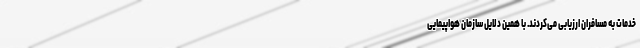
خدمات به مسافران ارزیابی می‌کردند. با همین دلایل سازمان هواپیمایی